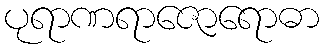
ပုရာဏရာဇောရောဓာ